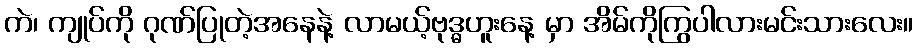
ကဲ၊ ကျုပ်ကို ဂုဏ်ပြုတဲ့အနေနဲ့ လာမယ့်ဗုဒ္ဓဟူးနေ့ မှာ အိမ်ကိုကြွပါလားမင်းသားလေး။